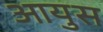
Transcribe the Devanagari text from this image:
आयुस